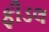
ફીડલ